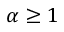
\alpha \geq 1